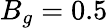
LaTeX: B_{g}=0.5